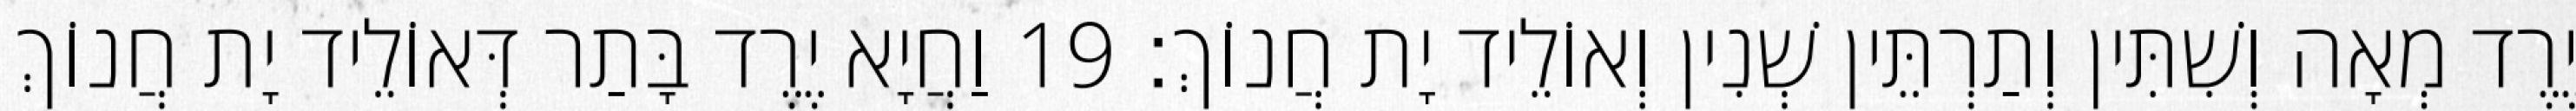
יֶרֶד מְאָה וְשִׁתִּין וְתַרְתֵּין שְׁנִין וְאוֹלֵיד יָת חֲנוֹךְ׃ 19 וַחֲיָא יֶרֶד בָּתַר דְּאוֹלֵיד יָת חֲנוֹךְ